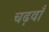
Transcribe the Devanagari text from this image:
चढ़वाँ